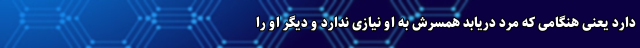
دارد یعنی هنگامی که مرد دریابد همسرش به او نیازی ندارد و دیگر او را